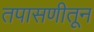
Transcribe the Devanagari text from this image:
तपासणीतून